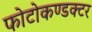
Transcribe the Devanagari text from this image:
फोटोकण्डक्टर